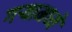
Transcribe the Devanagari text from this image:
गर्‍यामध्ये